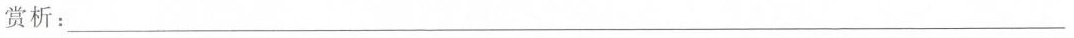
赏析：___